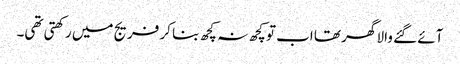
آئے گئے والا گھر تھا اب تو کچھ نہ کچھ بنا کر فریج میں رکھتی تھی۔